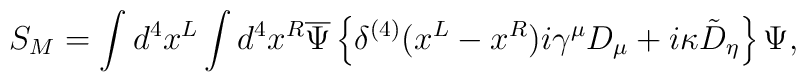
S_M=\int d^4x^L\int d^4x^R \overline{\Psi}\left\{ \delta^{(4)}(x^L-x^R)i\gamma^\mu D_\mu+i\kappa\tilde{D}_\eta \right\}\Psi ,